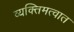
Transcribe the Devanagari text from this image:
व्यक्तिमत्वात